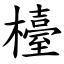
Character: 檯